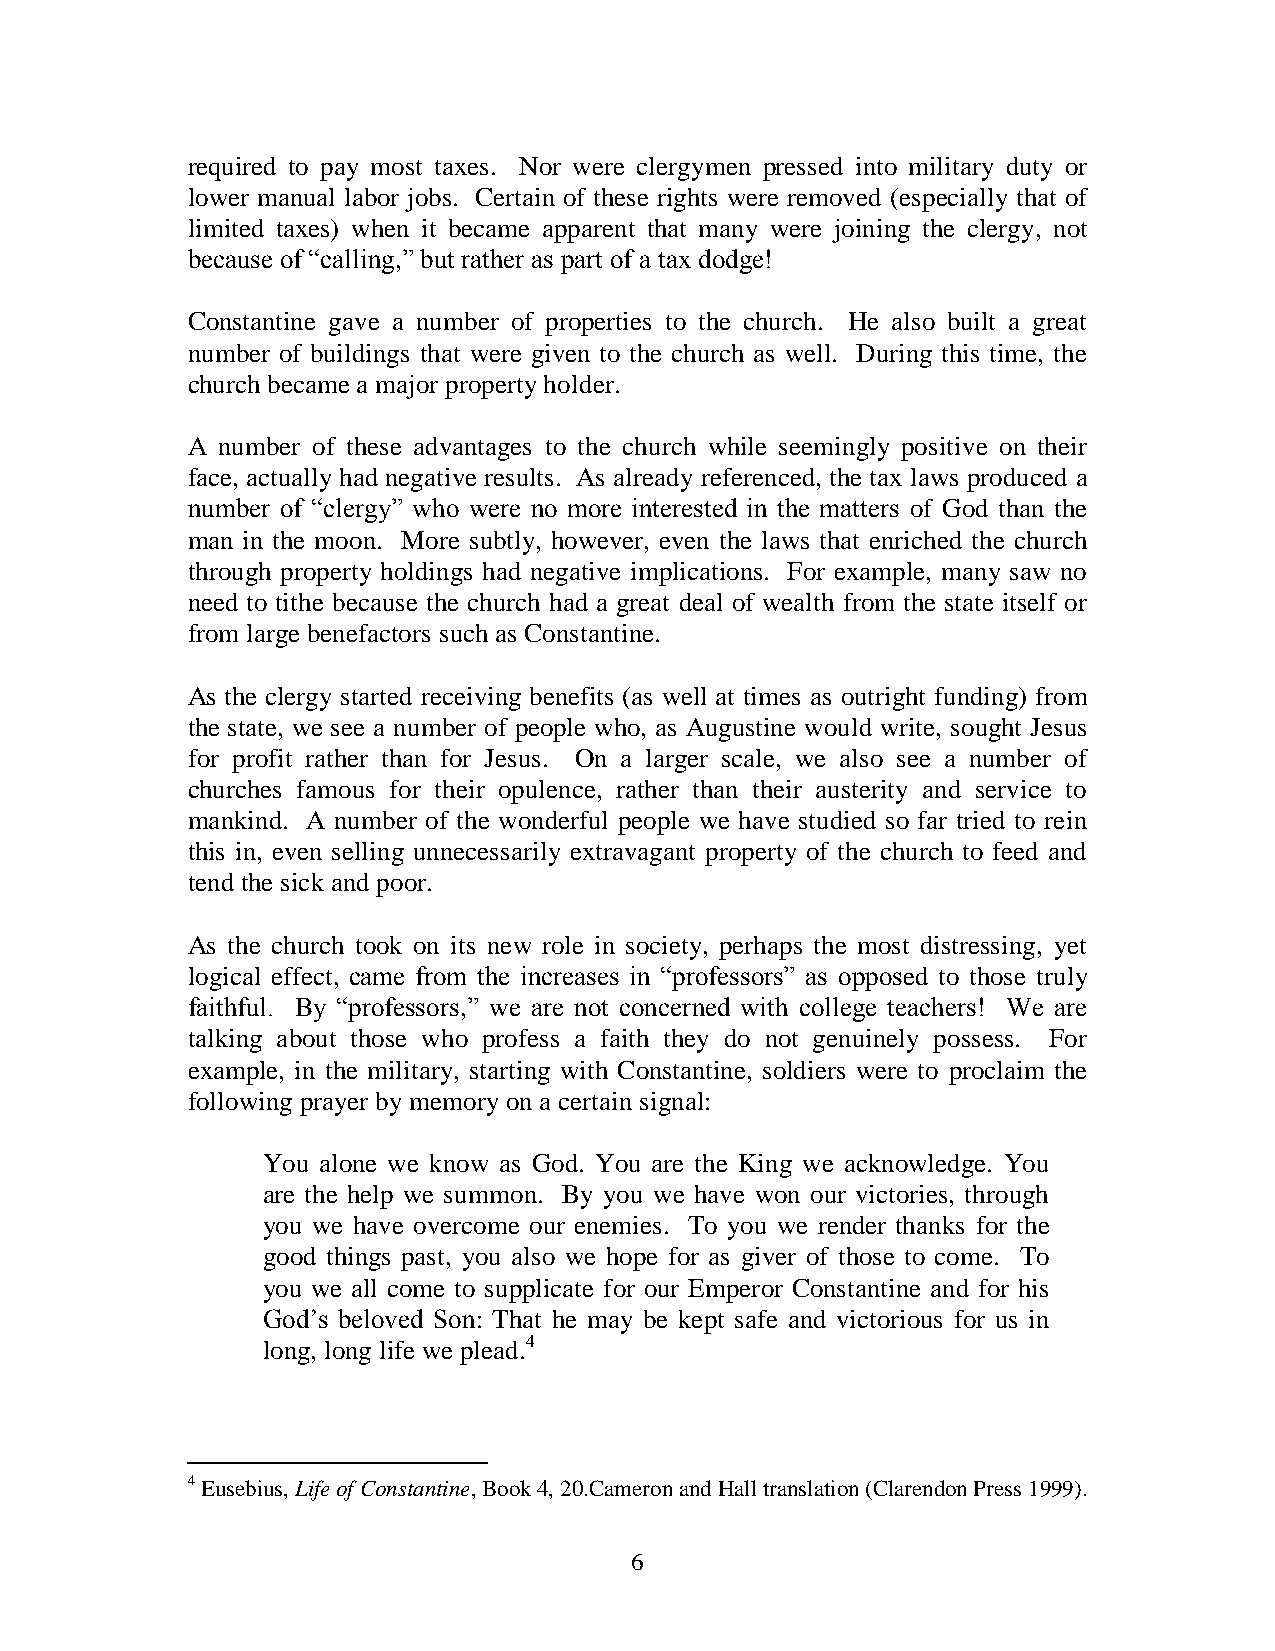
required to pay most taxes. Nor were clergymen pressed into military duty or
 lower manual labor jobs. Certain of these rights were removed (especially that of
 limited taxes) when it became apparent that many were joining the clergy, not
 because of “calling,” but rather as part of a tax dodge!
 Constantine gave a number of properties to the church. He also built a great
 number of buildings that were given to the church as well. During this time, the
 church became a major property holder.
 A number of these advantages to the church while seemingly positive on their
 face, actually had negative results. As already referenced, the tax laws produced a
 number of “clergy” who were no more interested in the matters of God than the
 man in the moon. More subtly, however, even the laws that enriched the church
 through property holdings had negative implications. For example, many saw no
 need to tithe because the church had a great deal of wealth from the state itself or
 from large benefactors such as Constantine.
 As the clergy started receiving benefits (as well at times as outright funding) from
 the state, we see a number of people who, as Augustine would write, sought Jesus
 for profit rather than for Jesus. On a larger scale, we also see a number of
 churches famous for their opulence, rather than their austerity and service to
 mankind. A number of the wonderful people we have studied so far tried to rein
 this in, even selling unnecessarily extravagant property of the church to feed and
 tend the sick and poor.
 As the church took on its new role in society, perhaps the most distressing, yet
 logical effect, came from the increases in “professors” as opposed to those truly
 faithful. By “professors,” we are not concerned with college teachers! We are
 talking about those who profess a faith they do not genuinely possess. For
 example, in the military, starting with Constantine, soldiers were to proclaim the
 following prayer by memory on a certain signal:
 You alone we know as God. You are the King we acknowledge. You
 are the help we summon. By you we have won our victories, through
 you we have overcome our enemies. To you we render thanks for the
 good things past, you also we hope for as giver of those to come. To
 you we all come to supplicate for our Emperor Constantine and for his
 God’s beloved Son: That he may be kept safe and victorious for us in
 long, long life we plead.4
 4 Eusebius, Life of Constantine, Book 4, 20.Cameron and Hall translation (Clarendon Press 1999).
 6